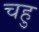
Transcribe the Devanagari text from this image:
चहु